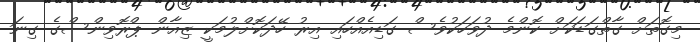
މިގޮތަށް ގާތްގަޑަކަށް ކޮންމެ ދުވަހަކުވެސް ގަޑިއެއްހައި އިރު ހޭދަކޮށްލުމަކީ ޒިއާން ޕްރޮވިންސްގެ ގިނަ